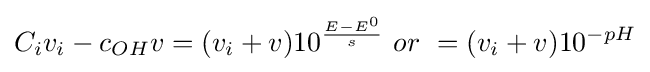
C_{i}v_{i}-c_{OH}v=(v_{i}+v)10^{\frac {E-E^{0}}{s}}\ or\ =(v_{i}+v)10^{-pH}